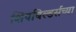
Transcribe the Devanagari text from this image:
शिपबिल्डर्सच्या